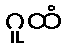
ဂူထံ